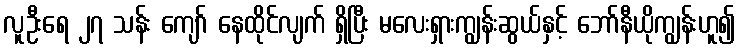
လူဦးရေ ၂၇ သန်း ကျော် နေထိုင်လျက် ရှိပြီး မလေးရှားကျွန်းဆွယ်နှင့် ဘော်နီယိုကျွန်းဟူ၍